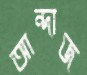
আন্দাজ